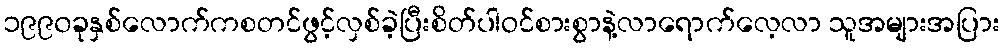
၁၉၉၀ခုနှစ်လောက်ကစတင်ဖွင့်လှစ်ခဲ့ပြီးစိတ်ပါဝင်စားစွာနဲ့လာရောက်လေ့လာ သူအများအပြား